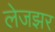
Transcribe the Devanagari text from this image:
लेजझर